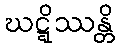
ဃဋ္ဋိဿန္တိ